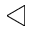
\triangleleft